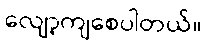
လျော့ကျစေပါတယ်။